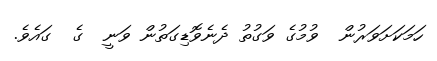
ހަމަކަށަވަރުން  ވުމުގެ ވަގުތު ދެނެވޮޑިގަތުން ވަނީ  ގެ  ގައެވެ.